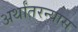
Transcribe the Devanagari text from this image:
अर्थांतरन्यास